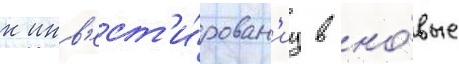
к инв'ест'и́рован'иу в но́вые